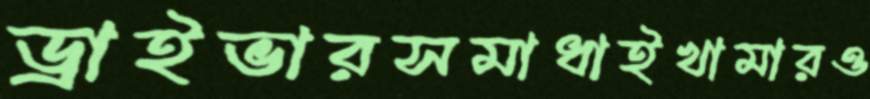
ড্রাইভারসমাধাইখামারও